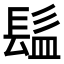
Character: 𩬬